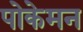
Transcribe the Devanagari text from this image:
पोकेमन